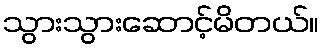
သွားသွားဆောင့်မိတယ်။